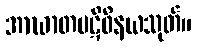
အာဃာတပဋိဝိနယသုတ်။